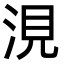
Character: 涀